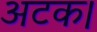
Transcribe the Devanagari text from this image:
अटक।